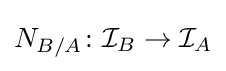
N_{B/A}\colon {\mathcal {I}}_{B}\to {\mathcal {I}}_{A}